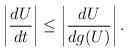
LaTeX: \begin{align*}\left\vert\frac{dU}{dt}\right\vert \le \left\vert\frac{dU}{dg(U)}\right\vert.\end{align*}